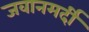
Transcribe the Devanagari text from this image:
जवानमर्दी